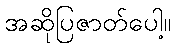
အဆိုပြဇာတ်ပေါ့။